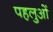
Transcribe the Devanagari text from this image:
पहलुओें